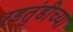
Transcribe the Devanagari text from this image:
रडतुंडीच्या